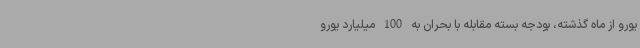
یورو از ماه گذشته، بودجه‌ بسته مقابله با بحران به 100 میلیارد یورو